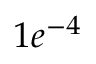
1 e ^ { - 4 }